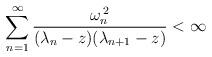
LaTeX: \begin{align*}\sum_{n=1}^{\infty}\frac{\omega_{n}^{\,2}}{(\lambda_{n}-z)(\lambda_{n+1}-z)}<\infty\end{align*}